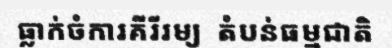
ធ្លាក់ចំការគីរីរម្យ  តំបន់ធម្មជាតិ